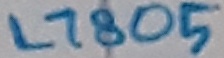
Text: L7805